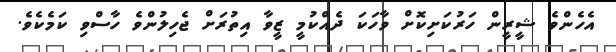
އެހެންވެ ޝީރީން ހަރުކަށިކޮށް ވާހަކަ ދެއްކުމީ ޒީވާ އިތުރަށް ޖެހިލުންވެ ހާސްވި ކަމެކެވެ.